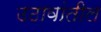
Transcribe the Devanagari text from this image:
उठावांतील